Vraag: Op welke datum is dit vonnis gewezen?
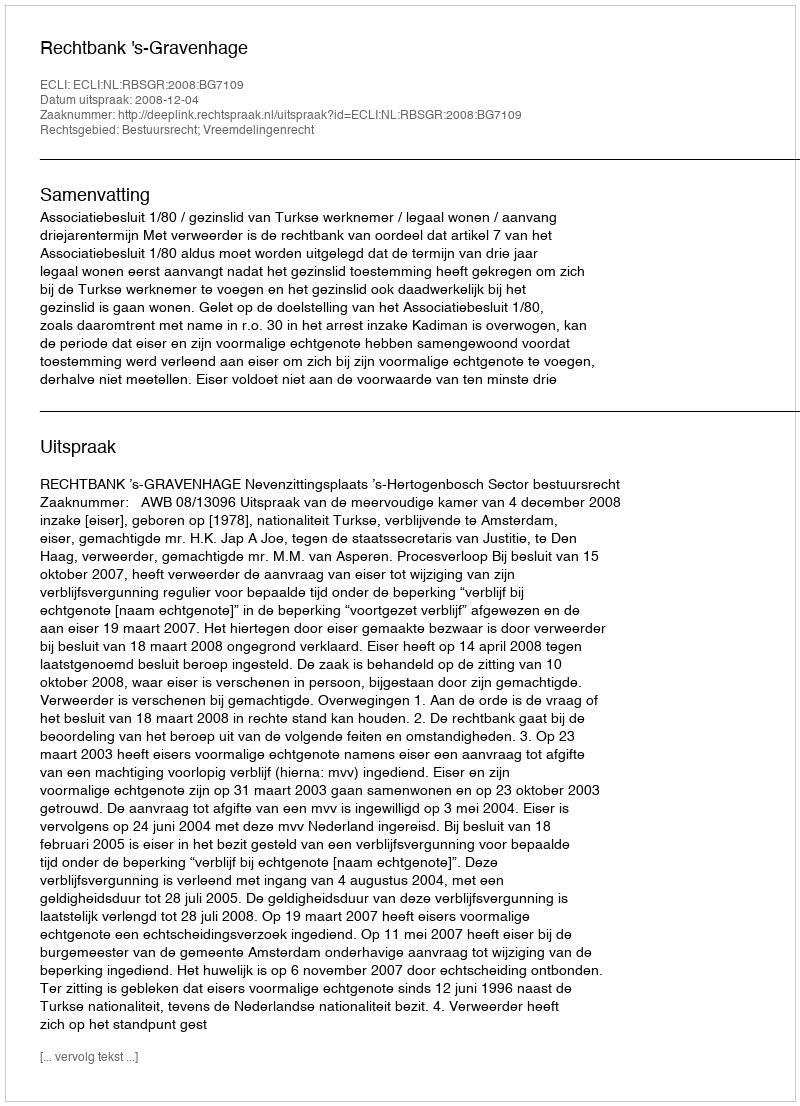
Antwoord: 2008-12-04